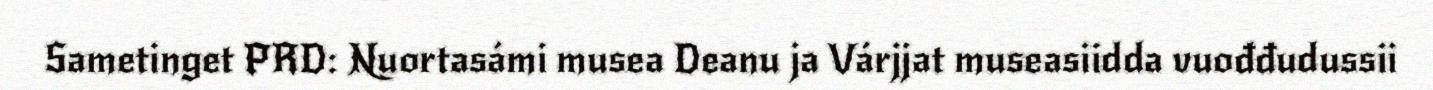
Sametinget PRD: Nuortasámi musea Deanu ja Várjjat museasiidda vuođđudussii